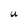
Character: U